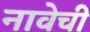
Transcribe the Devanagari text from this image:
नावेची